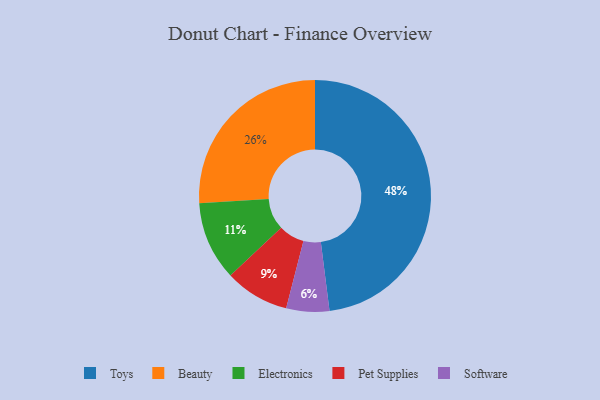
{"axis": {"x": "Category", "y": "Percentage"}, "legend": ["Beauty", "Electronics", "Pet Supplies", "Software", "Toys"], "data": [{"x": "Software", "y": 6, "type": "Software"}, {"x": "Beauty", "y": 26, "type": "Beauty"}, {"x": "Pet Supplies", "y": 9, "type": "Pet Supplies"}, {"x": "Electronics", "y": 11, "type": "Electronics"}, {"x": "Toys", "y": 48, "type": "Toys"}]}